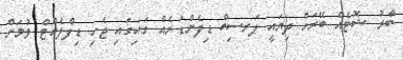
ބާރު ޝޮޓެއް ބޭރަށް ދިޔައީ ޕަރސިބް ޑިފެންޑަރެއް ގައިގައި ޖެހި ޑިފްލެކްޓް ވުމަށް